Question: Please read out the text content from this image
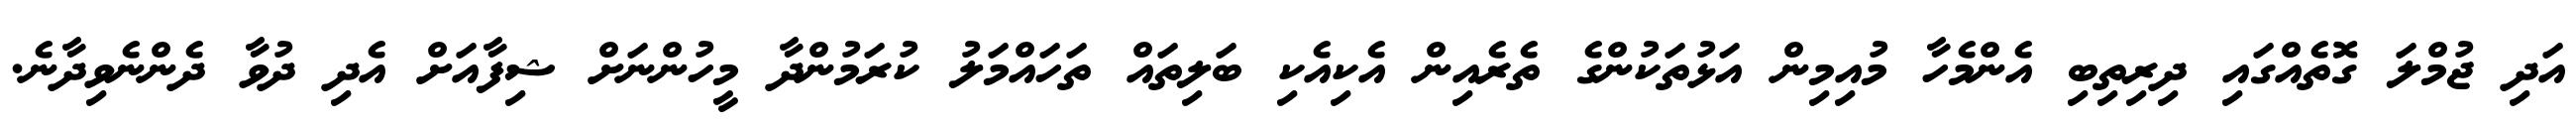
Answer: އަދި ޖުމްލަ ގޮތެއްގައި ދިރިތިބި އެންމެހާ މުއިމިން އަޅުތަކުންގެ ތެރެއިން އެކިއެކި ބަލިތައް ތަހައްމަލު ކުރަމުންދާ މީހުންނަށް ޝިފާއަށް އެދި ދުވާ ދެންނެވިދާނެ.